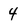
Character: 4